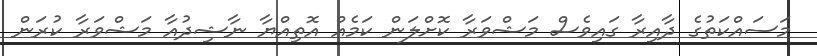
މަސައްކަތުގެ ދާއިރާ ގައިވެސް މަޝްވަރާ ކޮށްލަން ކަމެއް އޮތިއްޔާ ނާޝިދުއާ މަޝްވަރާ ކުރަން